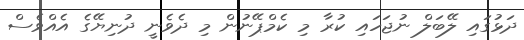
ދަޅުގައި ލޭބަލް ނުޖަހައި ކުރާ މި ކެމްޕޭނުން މި ދެވެނީ ދުނިޔޭގެ އެއްވެސް